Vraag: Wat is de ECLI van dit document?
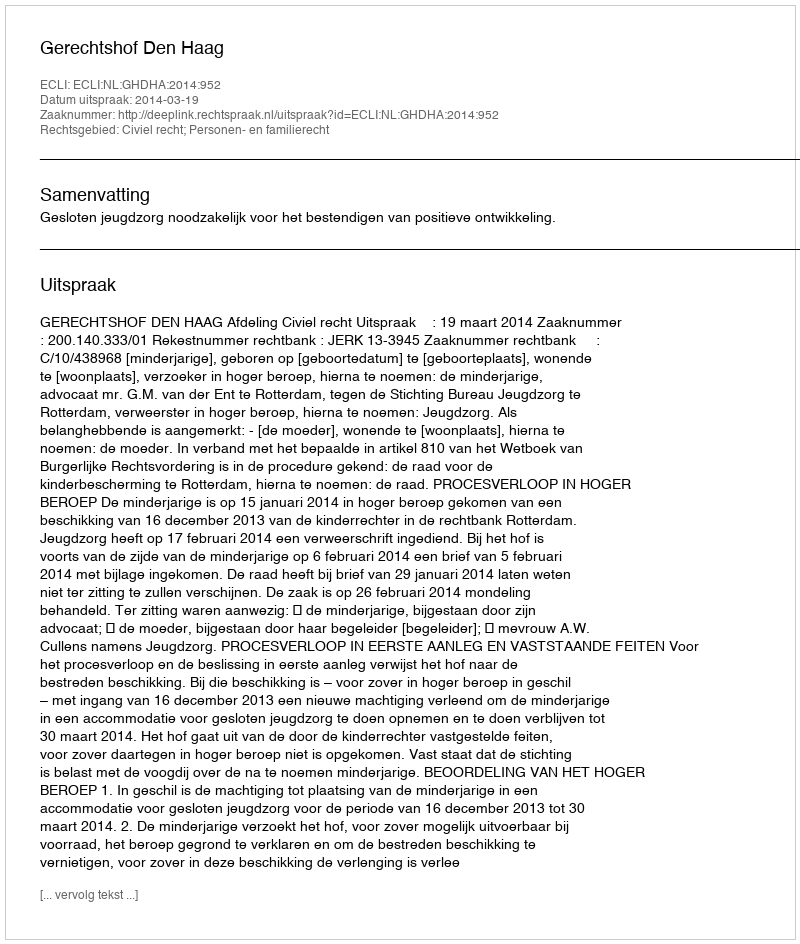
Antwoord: ECLI:NL:GHDHA:2014:952